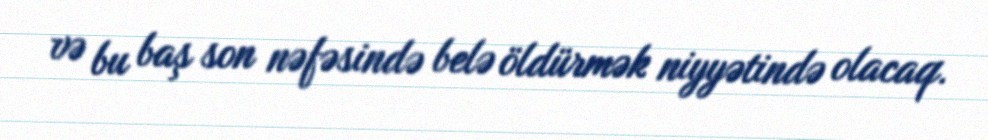
və bu baş son nəfəsində belə öldürmək niyyətində olacaq.